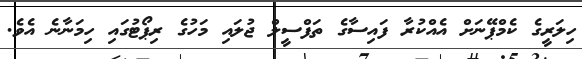
ހިލަރީގެ ކެމްޕޭނަަށް އެއްކުރާ ފައިސާގެ ތަފްސީލް ޖުލައި މަހުގެ ރިޕޯޓުގައި ހިމަނާނެ އެވެ.